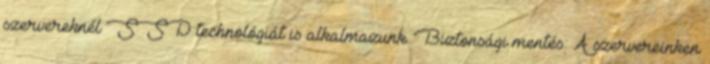
szervereknél SSD technológiát is alkalmazunk. Biztonsági mentés: A szervereinken